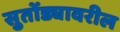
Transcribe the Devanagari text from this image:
सुतोंड्यावरील